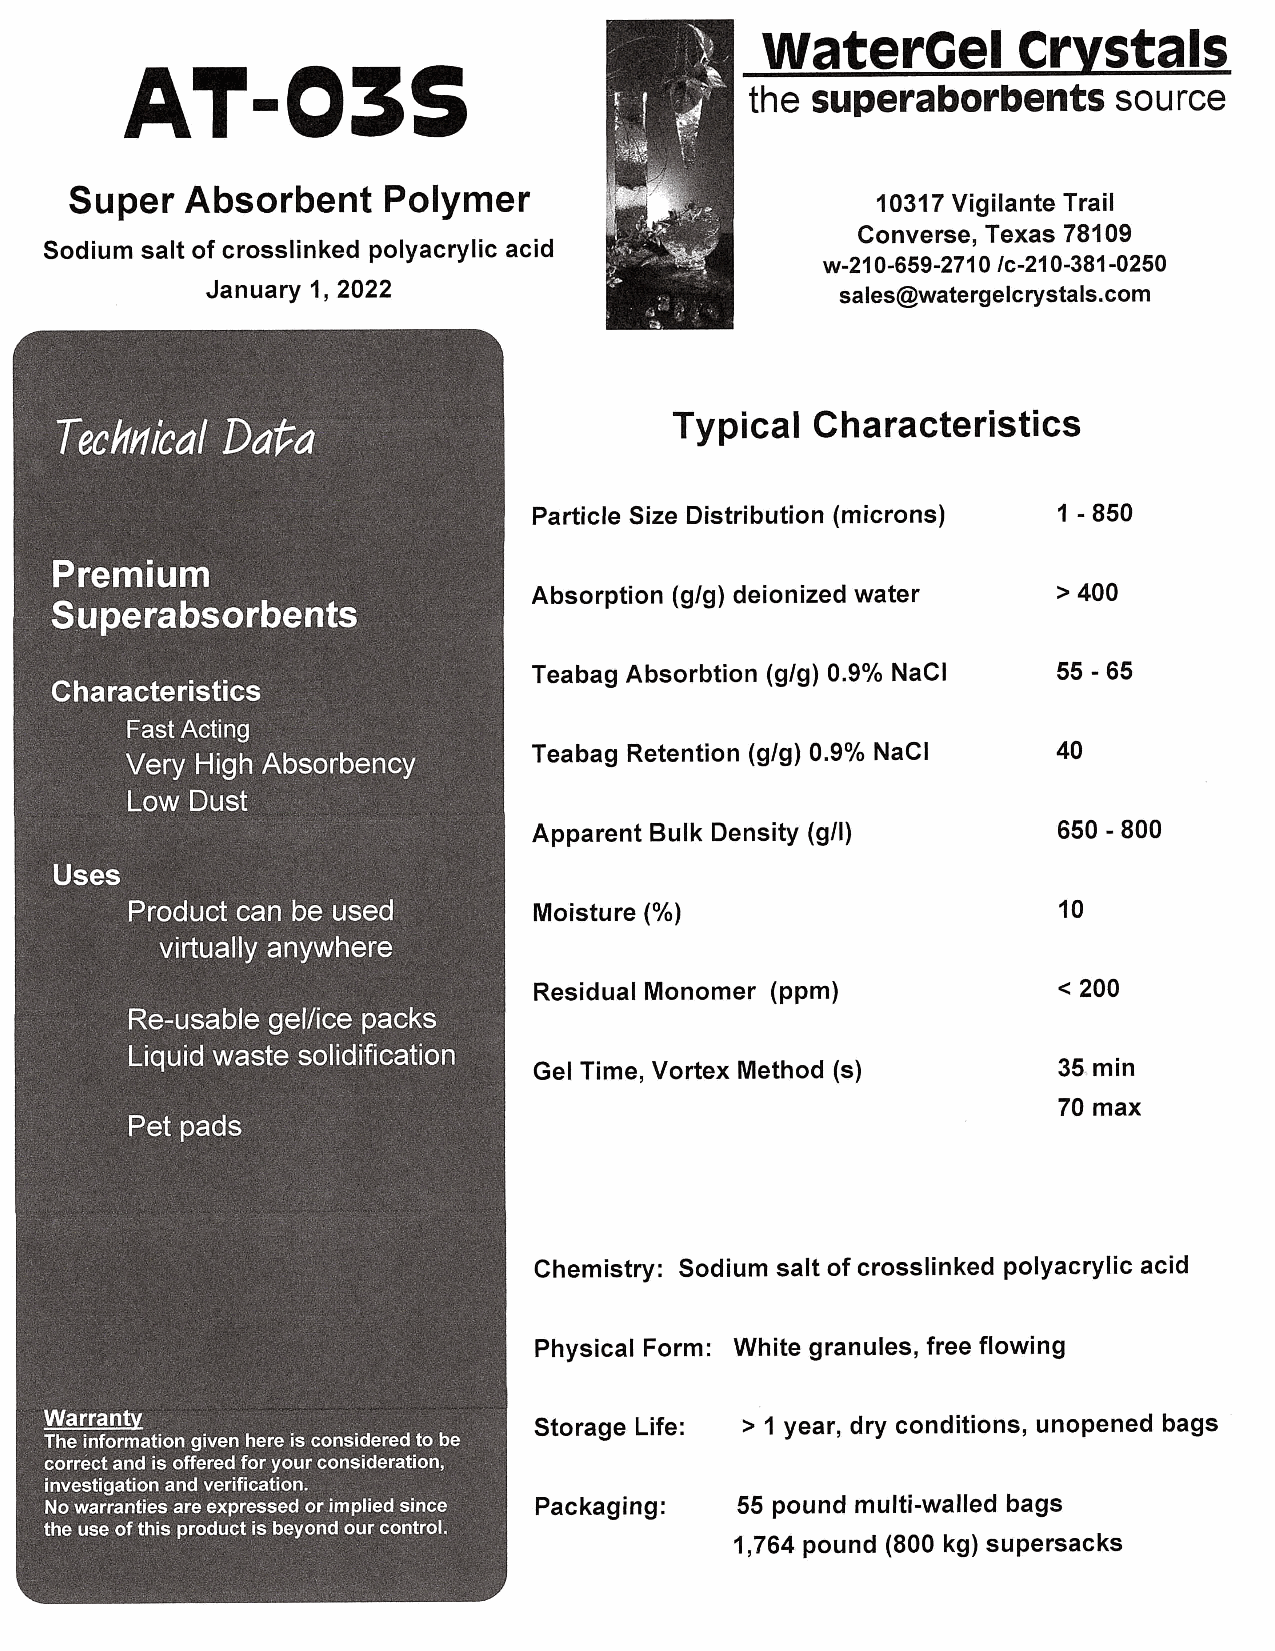
Waterce漢CrvSta菓S
 A十〇〇王ら
 the  superaborbents     source
 Super  Abso「bent     Polymer                         10317 Vigilante Trail
 Converse, Texas 78109
 Sodium sait of crosslinked poiyacryIic acid
 w_21 0"659-271 0 1c-21 0-381 -0250
 January l, 2022                           Sales@watergeicrystais"COm
 丁ypical   Characteristics
 Particle Size Distribution (microns) 1。850
 Absorption (gIg) deionized water   > 400
 丁eabag Absorbtion 〈gIg) 0"9% NaCi  55-65
 Teabag Retention (glg〉 0.9% NaCI   40
 Apparent Bulk Density (gIl)        650 -800
 Moisture (%)                       10
 < 200
 Residual Monome「 (PPm)
 Gel Time, Vo巾ex Method (S)         35_ min
 70 max
 Chemistry: Sodium sait of crossiinked poIyacry獲ic acid
 Physicai Form: White granules’free flowing
 Storage Life: > 1 year’d「y conditions’unOPened bags
 Packaging: 55 pound muIti-Wa○○ed bags
 l,764 pound (800 kg) supersacks